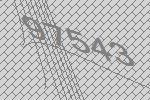
97543